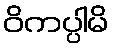
ဝိကပ္ပါမိ